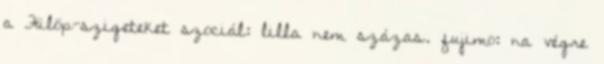
a Fülöp-szigeteket szociál: lilla nem százas. fujimo: na végre